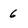
Character: 6